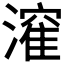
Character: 𭲶